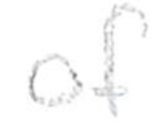
Text: of
Cross-out: clean
Writing tool: pencil